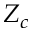
Z _ { c }